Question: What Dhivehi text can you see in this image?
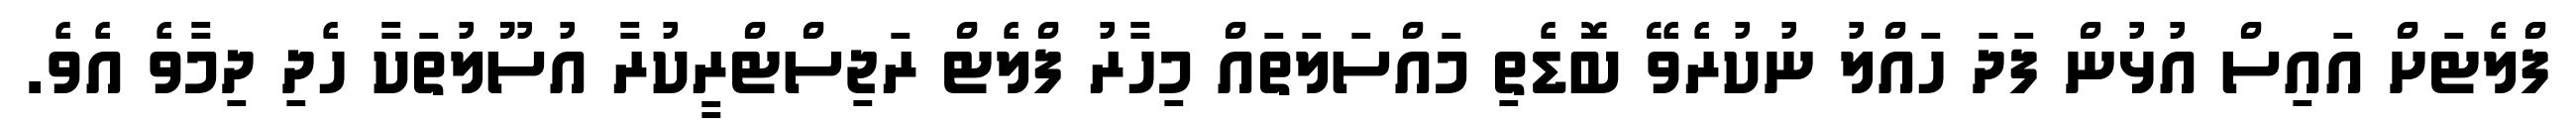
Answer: ފްލެޓަށް އައިސް އުޅުން ފަދަ ހައްލު ނުކުރެވޭ ބޮޑެތި މައްސަލަތައް މިހާރު ފްލެޓް ރަޖިސްޓްރީކުރާ އުސޫލުތަކާ ހެދި ދިމާވެ އެވެ.